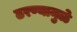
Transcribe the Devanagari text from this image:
ठरण्यामुळे